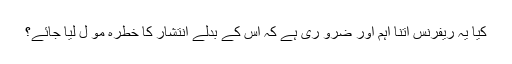
کیا یہ ریفرنس اتنا اہم اور ضرو ری ہے کہ اس کے بدلے انتشار کا خطرہ مو ل لیا جائے؟